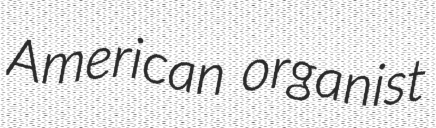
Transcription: American organist